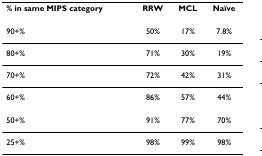
<table><thead><tr><td><b>% in same MIPS category</b></td><td><b>RRW</b></td><td><b>MCL</b></td><td><b>Naïve</b></td></tr></thead><tbody><tr><td>90+%</td><td>50%</td><td>17%</td><td>7.8%</td></tr><tr><td>80+%</td><td>71%</td><td>30%</td><td>19%</td></tr><tr><td>70+%</td><td>72%</td><td>42%</td><td>31%</td></tr><tr><td>60+%</td><td>86%</td><td>57%</td><td>44%</td></tr><tr><td>50+%</td><td>91%</td><td>77%</td><td>70%</td></tr><tr><td>25+%</td><td>98%</td><td>99%</td><td>98%</td></tr></tbody></table>